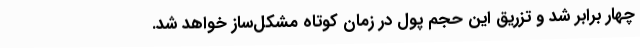
چهار برابر شد و تزریق این حجم پول در زمان کوتاه مشکل‌ساز خواهد شد.